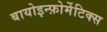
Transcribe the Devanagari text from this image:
बायोइन्फ़ोर्मेटिक्स